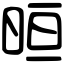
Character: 晅